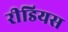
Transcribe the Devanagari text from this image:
रीडियस